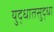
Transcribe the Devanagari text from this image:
युद्धातसुद्धा